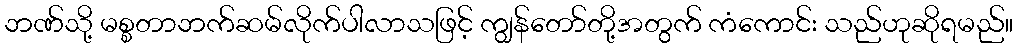
ဘဏ်သို့ မစ္စတာဘက်ဆမ်လိုက်ပါလာသဖြင့် ကျွန်တော်တို့အတွက် ကံကောင်း သည်ဟုဆိုရမည်။